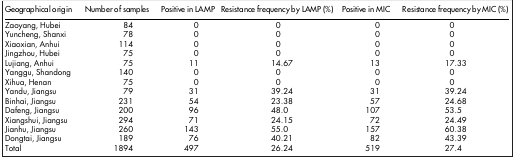
| Geographical origin | Number of samples | Positive in LAMP | Resistance frequency by LAMP (%) | Positive in MIC | Resistance frequency by MIC (%) |
 | --- | --- | --- | --- | --- | --- |
 | Zaoyang, Hubei | 84 | 0 | 0 | 0 | 0 |
 | Yuncheng, Shanxi | 78 | 0 | 0 | 0 | 0 |
 | Xiaoxian, Anhui | 114 | 0 | 0 | 0 | 0 |
 | Jingzhou, Hubei | 75 | 0 | 0 | 0 | 0 |
 | Lujiang, Anhui | 75 | 11 | 14.67 | 13 | 17.33 |
 | Yanggu, Shandong | 140 | 0 | 0 | 0 | 0 |
 | Xihua, Henan | 75 | 0 | 0 | 0 | 0 |
 | Yandu, Jiangsu | 79 | 31 | 39.24 | 31 | 39.24 |
 | Binhai, Jiangsu | 231 | 54 | 23.38 | 57 | 24.68 |
 | Dafeng, Jiangsu | 200 | 96 | 48.0 | 107 | 53.5 |
 | Xiangshui, Jiangsu | 294 | 71 | 24.15 | 72 | 24.49 |
 | Jianhu, Jiangsu | 260 | 143 | 55.0 | 157 | 60.38 |
 | Dongtai, Jiangsu | 189 | 76 | 40.21 | 82 | 43.39 |
 | Total | 1894 | 497 | 26.24 | 519 | 27.4 |